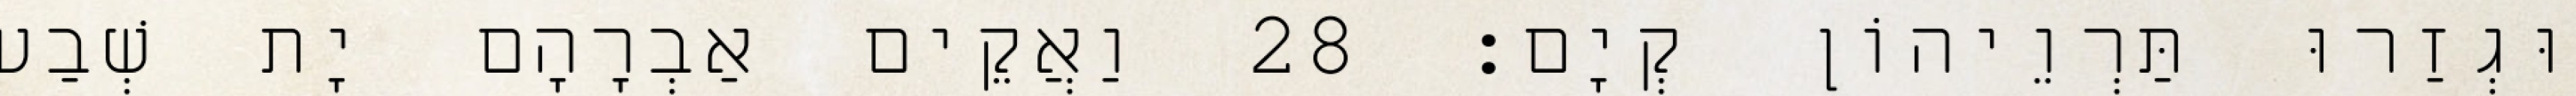
וּגְזַרוּ תַּרְוֵיהוֹן קְיָם׃ 28 וַאֲקֵים אַבְרָהָם יָת שְׁבַע